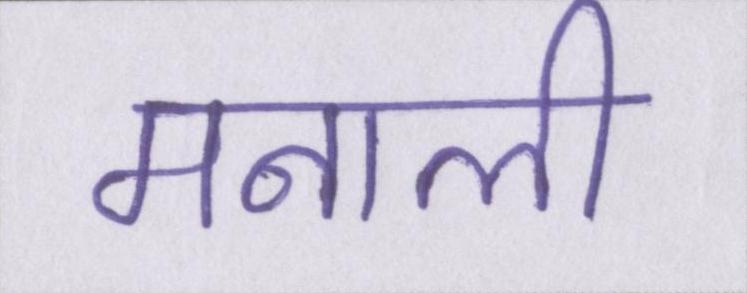
मनाली